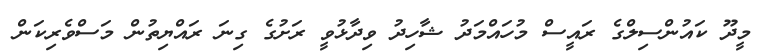
މީދޫ ކައުންސިލްގެ ރައީސް މުހައްމަދު ޝާހިދު ވިދާޅުވީ ރަށުގެ ގިނަ ރައްޔިތުން މަސްވެރިކަން